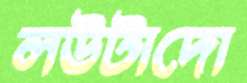
লউটাদো